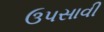
ઉપસાવી